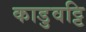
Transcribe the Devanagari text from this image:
काडुवट्टि